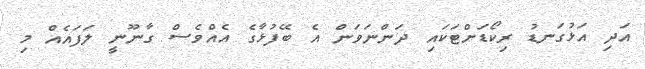
އަދި އަޅުގަނޑު ރިކޯޑަށްޓަކައި ދަންނަވަން އެ ބޭފުޅާގެ އެއްވެސް ގާނޫނީ ލަފައެއް މި